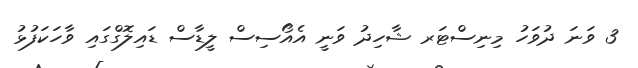
3 ވަނަ ދުވަހު މިނިސްޓަރ ޝާހިދު ވަނީ އެއޯސިސް ލީޑާސް ޑައިލޮގްގައި ވާހަކަފުޅު